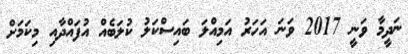
ނަދީމާ ވަނީ 2017 ވަނަ އަހަރު އަމިއްލަ ބައިސްކަލު ކުލަބެއް އުފައްދާއި މިކަމަށް